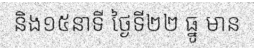
និង១៥នាទី ថ្ងៃទី២២ ធ្នូ មាន